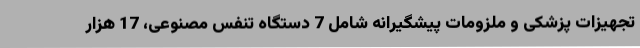
تجهیزات پزشکی و ملزومات پیشگیرانه شامل 7 دستگاه تنفس مصنوعی، 17 هزار